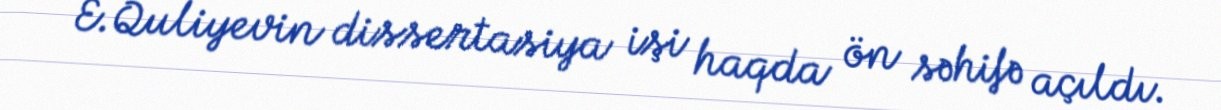
E.Quliyevin dissertasiya işi haqda ön səhifə açıldı.